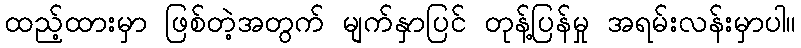
ထည့်ထားမှာ ဖြစ်တဲ့အတွက် မျက်နှာပြင် တုန့်ပြန်မှု အရမ်းလန်းမှာပါ။